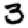
Digit: 3